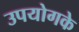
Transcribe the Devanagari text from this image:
उपयोगके